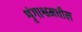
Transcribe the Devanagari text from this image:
शृंगाश्वमधील